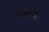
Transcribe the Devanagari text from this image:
बैसिलीका